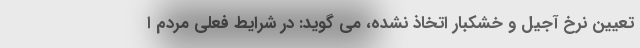
تعیین نرخ آجیل و خشکبار اتخاذ نشده، مى گوید: در شرایط فعلى مردم ا